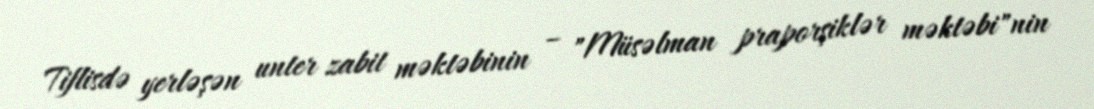
Tiflisdə yerləşən unter zabit məktəbinin – "Müsəlman praporşiklər məktəbi"nin